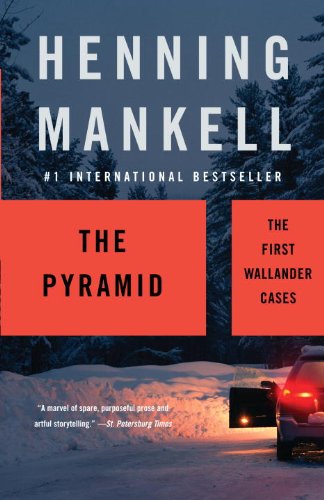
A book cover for The Pyramid (Kurt Wallander Series); Henning Mankell; Mystery, Thriller & Suspense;